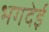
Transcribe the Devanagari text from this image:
भगदेई